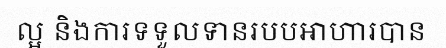
ល្អ និងការទទួលទានរបបអាហារបាន